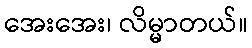
အေးအေး၊ လိမ္မာတယ်။